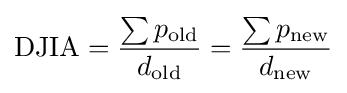
{\text{DJIA}}={\sum p_{\text{old}} \over d_{\text{old}}}={\sum p_{\text{new}} \over d_{\text{new}}}